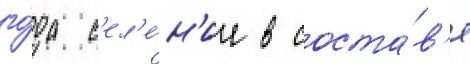
го́да с'ел'е́н'ие в соста́в'е